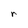
Character: r